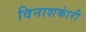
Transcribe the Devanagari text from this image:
विनाशकांरी